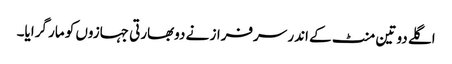
اگلے دو تین منٹ کے اندر سرفراز نے دوبھارتی جہازوں کو مار گرایا۔